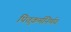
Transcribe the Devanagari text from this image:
पितृकर्मनिर्णय